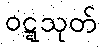
ဝဋ္ဋသုတ်